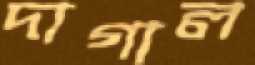
দাগাল